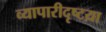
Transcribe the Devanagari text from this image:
व्यापारीदृष्टय़ा